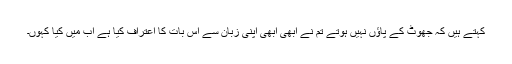
کہتے ہیں کہ جھوٹ کے پاؤں نہیں ہوتے تم نے ابھی ابھی اپنی زبان سے اس بات کا اعتراف کیا ہے اب میں کیا کہوں۔